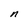
Character: n